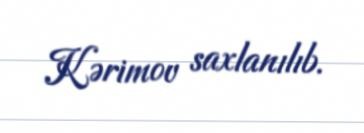
Kərimov saxlanılıb.